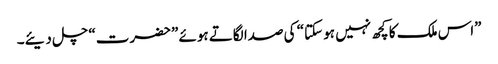
”اس ملک کا کچھ نہیں ہو سکتا“ کی صدا لگاتے ہوئے ”حضرت“ چل دیئے۔